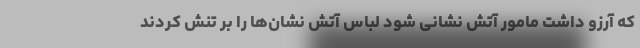
که آرزو داشت مامور آتش نشانی شود لباس آتش نشان‌ها را بر تنش کردند